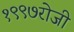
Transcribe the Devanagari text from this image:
१९९७रोजी